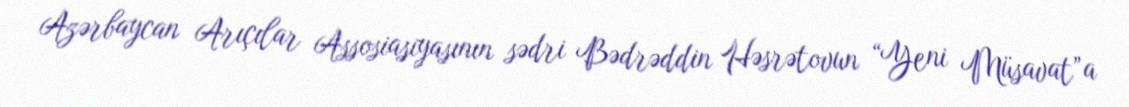
Azərbaycan Arıçılar Assosiasiyasının sədri Bədrəddin Həsrətovun “Yeni Müsavat”a